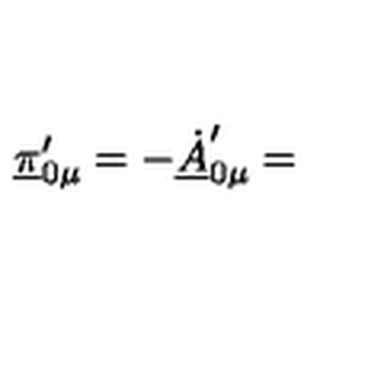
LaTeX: \underline { { \pi } } _ { 0 \mu } ^ { \prime } = - \underline { { \dot { A } } } _ { 0 \mu } ^ { \prime } =